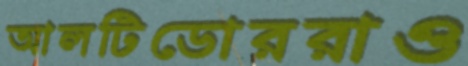
আলটিডোররাও